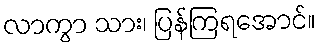
လာကွာ သား၊ ပြန်ကြရအောင်။